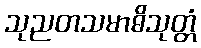
သုညတသမာဓိသုတ္တံ